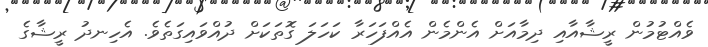
ވެއްޓުމުން ރީޝާއާއި ދިމާއަށް އެންމެން އެއްފަހަރާ ކަހަލަ ގޮތަކަށް ދުއްވައިގަތެވެ. އެހިނދު ރީޝާގެ